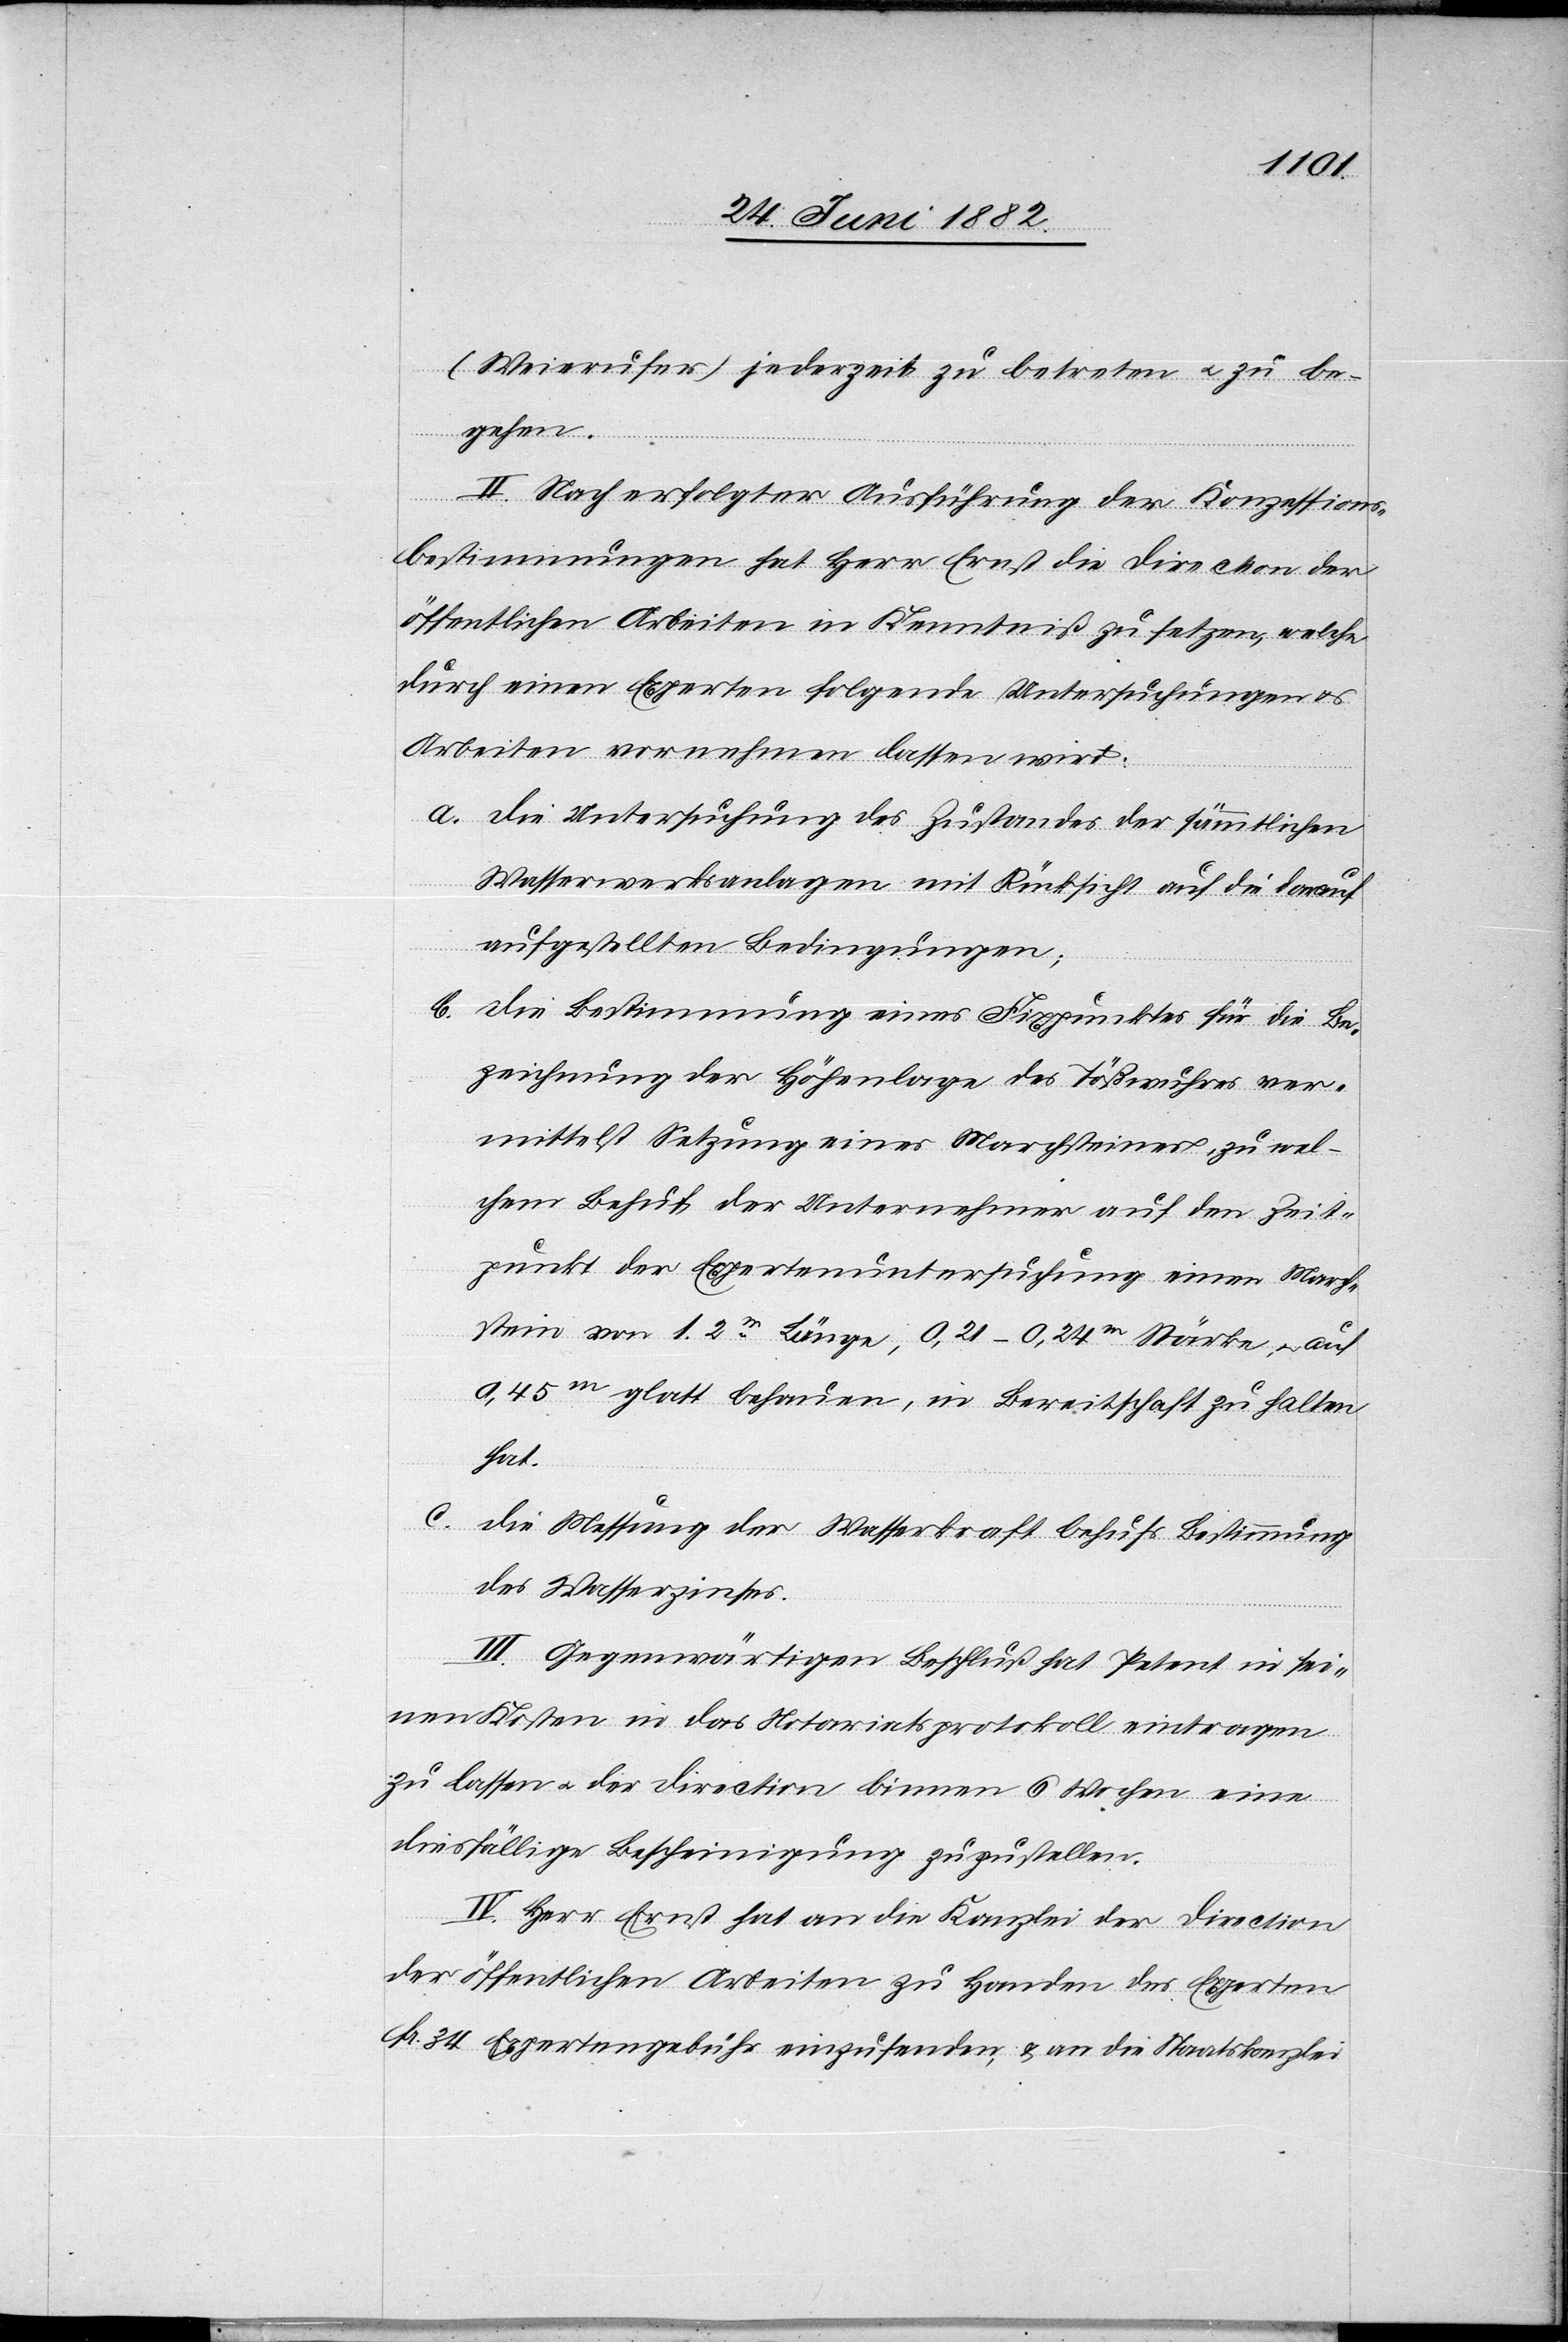
(Weierufer) jederzeit zu betreten u. zu be¬
gehen.
II. Nach erfolgter Ausführung der Konzessions¬
bestimmungen hat Herr Ernst die Direction der
öffentlichen Arbeiten in Kenntniß zu setzen, welche
durch einen Experten folgende Untersuchungen u.
Arbeiten vornehmen lassen wird:
a. Die Untersuchung des Zustandes der sämmtlichen
Wasserwerksanlagen mit Rücksicht auf die darauf
aufgestellten Bedingungen;
b. Die Bestimmung eines Fixpunktes für die Be¬
zeichnung der Höhenlage des Tößwuhres ver¬
mittelst Setzung eines Marchsteines, zu wel¬
chem Behuf der Unternehmer auf den Zeit¬
punkt der Expertenuntersuchung einen March¬
stein von 1.2m Länge, 0,21–0,24m Stärke, u. auf
0,45m glatt behauen, in Bereitschaft zu halten
hat.
c. Die Messung der Wasserkraft behufs Bestimmung
des Wasserzinses.
III. Gegenwärtiger Beschluß hat Petent in sei¬
nen Kosten in das Notariatsprotokoll eintragen
zu lassen u. der Direction binnen 6 Wochen eine
diesfällige Bescheinigung zuzustellen.
IV. Herr Ernst hat an die Kanzlei der Direction
der öffentlichen Arbeiten zu Handen des Experten
Fr. 34 Expertengebühr einzusenden, & an die Staatskanzlei